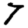
Digit: 7